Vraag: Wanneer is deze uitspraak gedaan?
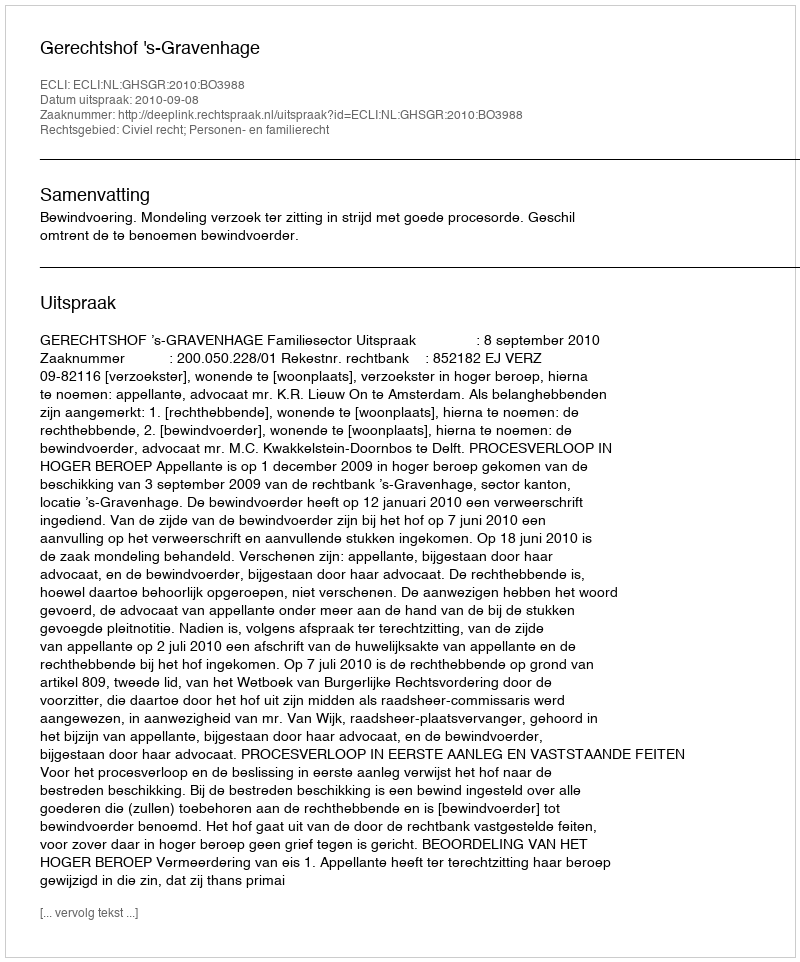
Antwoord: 2010-09-08